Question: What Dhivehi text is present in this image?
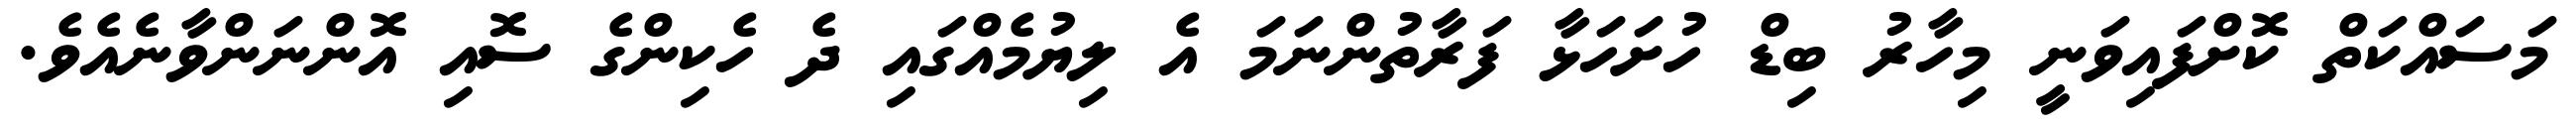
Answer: މަސައްކަތް ކޮށްފައިވަނީ މިހާރު ބިޑް ހުށަހަޅާ ފަރާތުންނަމަ އެ ލިޔުމެއްގައި ދެ ހެކިންގެ ސޮއި އޮންނަންވާނެއެވެ.